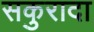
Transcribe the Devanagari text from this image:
सकुरादा